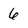
Character: 6